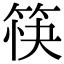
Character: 筷